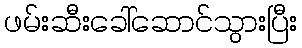
ဖမ်းဆီးခေါ်ဆောင်သွားပြီး